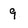
Character: 9